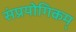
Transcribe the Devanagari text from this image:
संप्रयोगिकम्